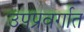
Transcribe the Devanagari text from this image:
उपप्रवर्गात